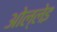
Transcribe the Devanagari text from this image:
ओल्लेइ